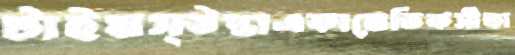
টাইমস্উপ্তাএকামেডিকসীতা